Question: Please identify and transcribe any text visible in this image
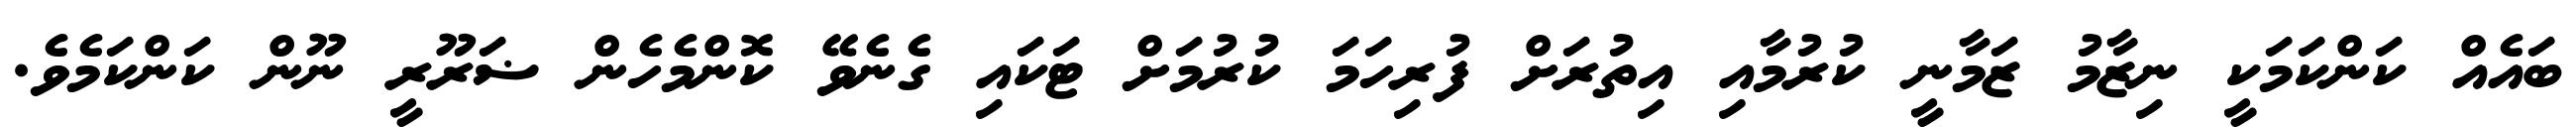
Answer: ބައެއް ކަންކަމަކީ ނިޒާމު ޒަމާނީ ކުރުމާއި އިތުރަށް ފުރިހަމަ ކުރުމަށް ޓަކައި ގެނެވޭ ކޮންމެހެން ޟަރޫރީ ނޫން ކަންކަމެވެ.